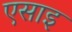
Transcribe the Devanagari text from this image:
एसाइ